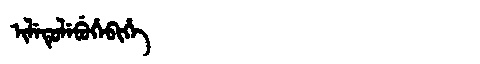
Manchu: ᡳᠯᡝᡨᡠᠯᡝᠪᡠᡥᡝᠪᡳᡥᡝ
Romanization: ILETULEBUHEBIHE